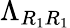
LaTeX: \Lambda_{R_{1}R_{1}}